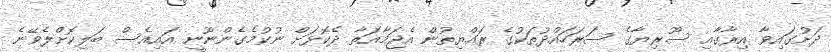
ދަށުގައިވާ އިރާގާއި ސޫރިޔާގެ ސަރަހައްދުތަކުގެ ރައްޔިތުން އެޖަމާއަތާ ދެކޮޅަށް ނުކުމެގެންނޫނީ އައިއެސް ބަލިކޮށްލެވޭނެ